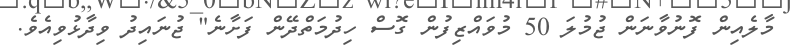
މާލެއިން ފޮނުވާނަން ޖުމުލަ 50 މުވައްޒިފުން ގޮސް ހިދުމަތްދޭން ފަށާނެ" ޖުނައިދު ވިދާޅުވިއެވެ.